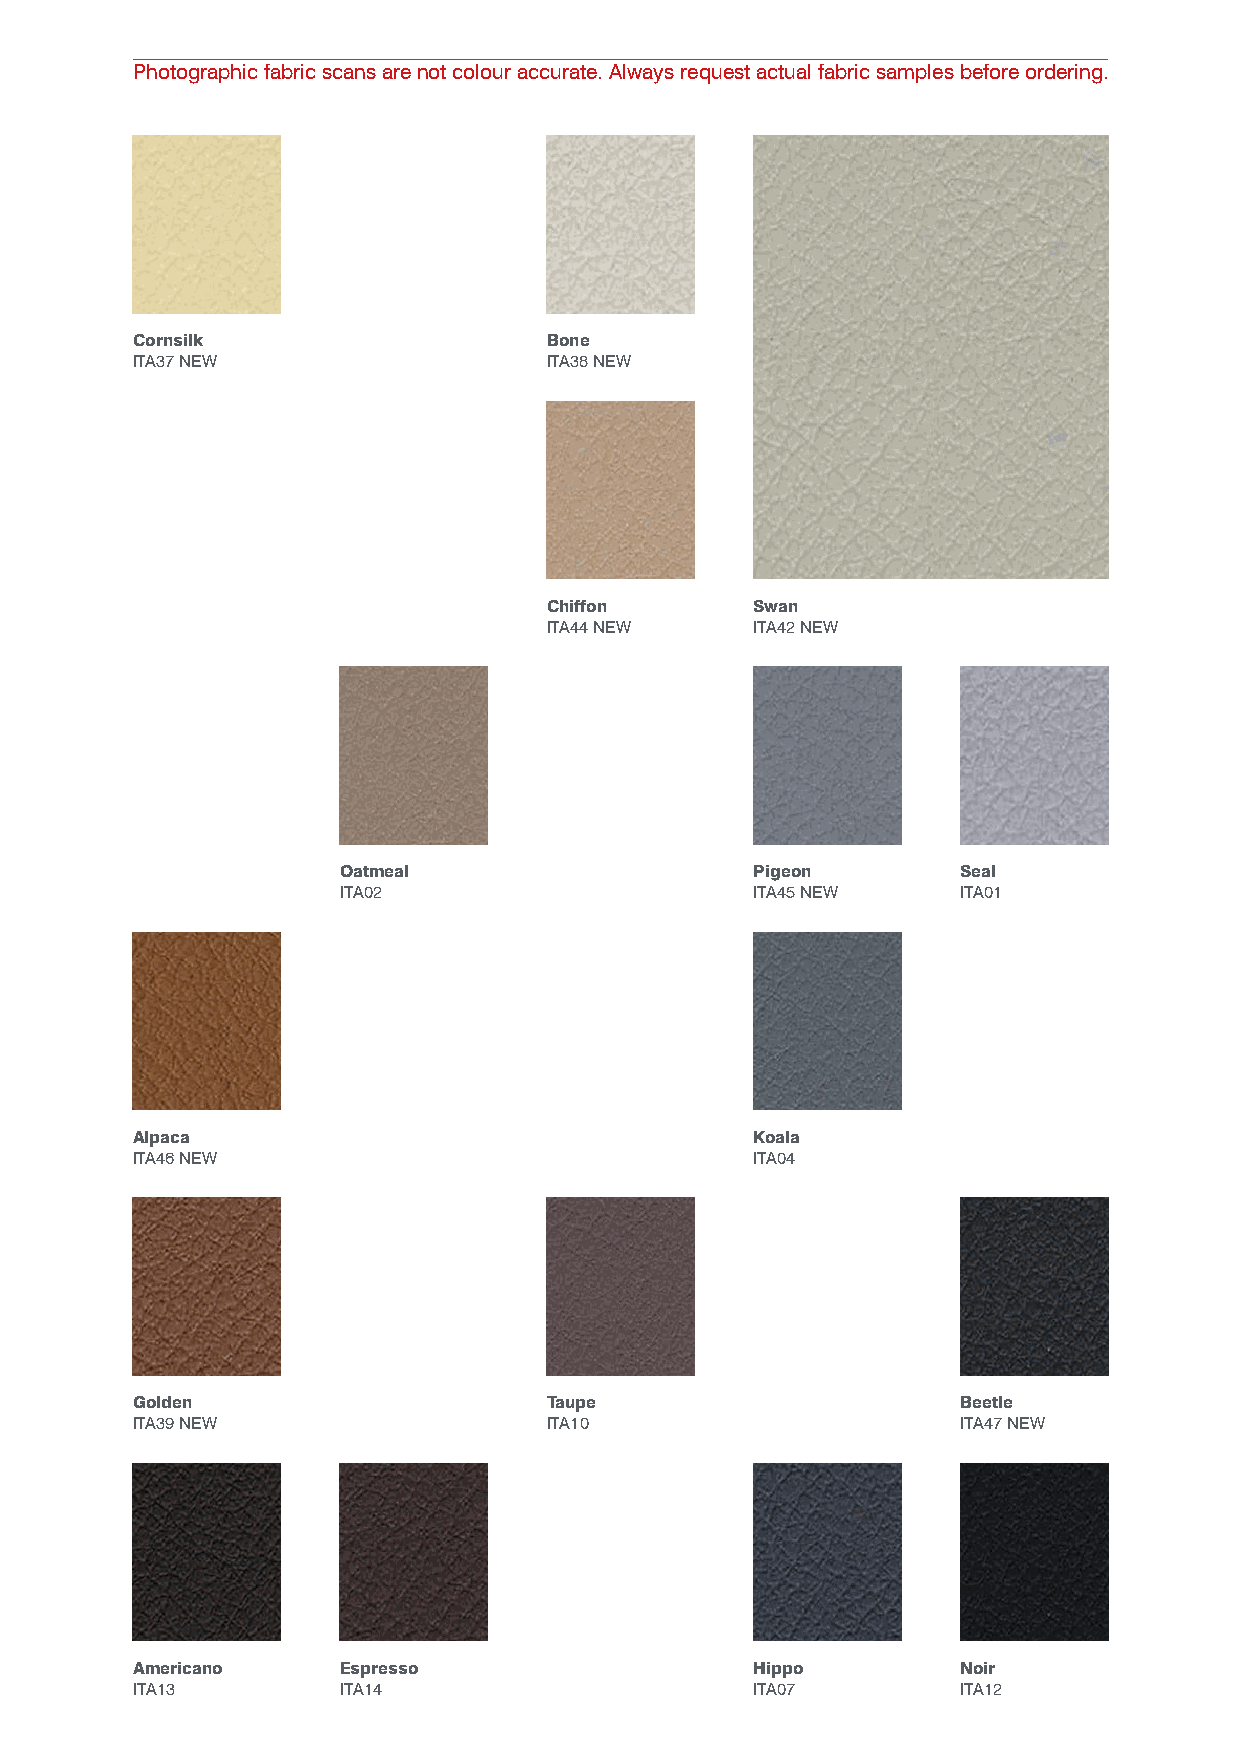
Photographic fabric scans are not colour accurate. Always request actual fabric samples before ordering.
 Cornsilk                   Bone
 ITA37 NEW                  ITA38 NEW
 Chiffon       Swan
 ITA44 NEW     ITA42 NEW
 Oatmeal                     Pigeon        Seal
 ITA02                       ITA45 NEW     ITA01
 Alpaca                                   Koala
 ITA46 NEW                                ITA04
 Golden                     Taupe                       Beetle
 ITA39 NEW                  ITA10                       ITA47 NEW
 Americano    Espresso                    Hippo         Noir
 ITA13        ITA14                       ITA07         ITA12